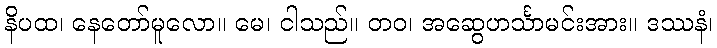
နိပထ၊ နေတော်မူလော။ မေ၊ ငါသည်။ တဝ၊ အဆွေဟင်္သာမင်းအား။ ဒဿနံ၊